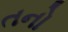
તનો